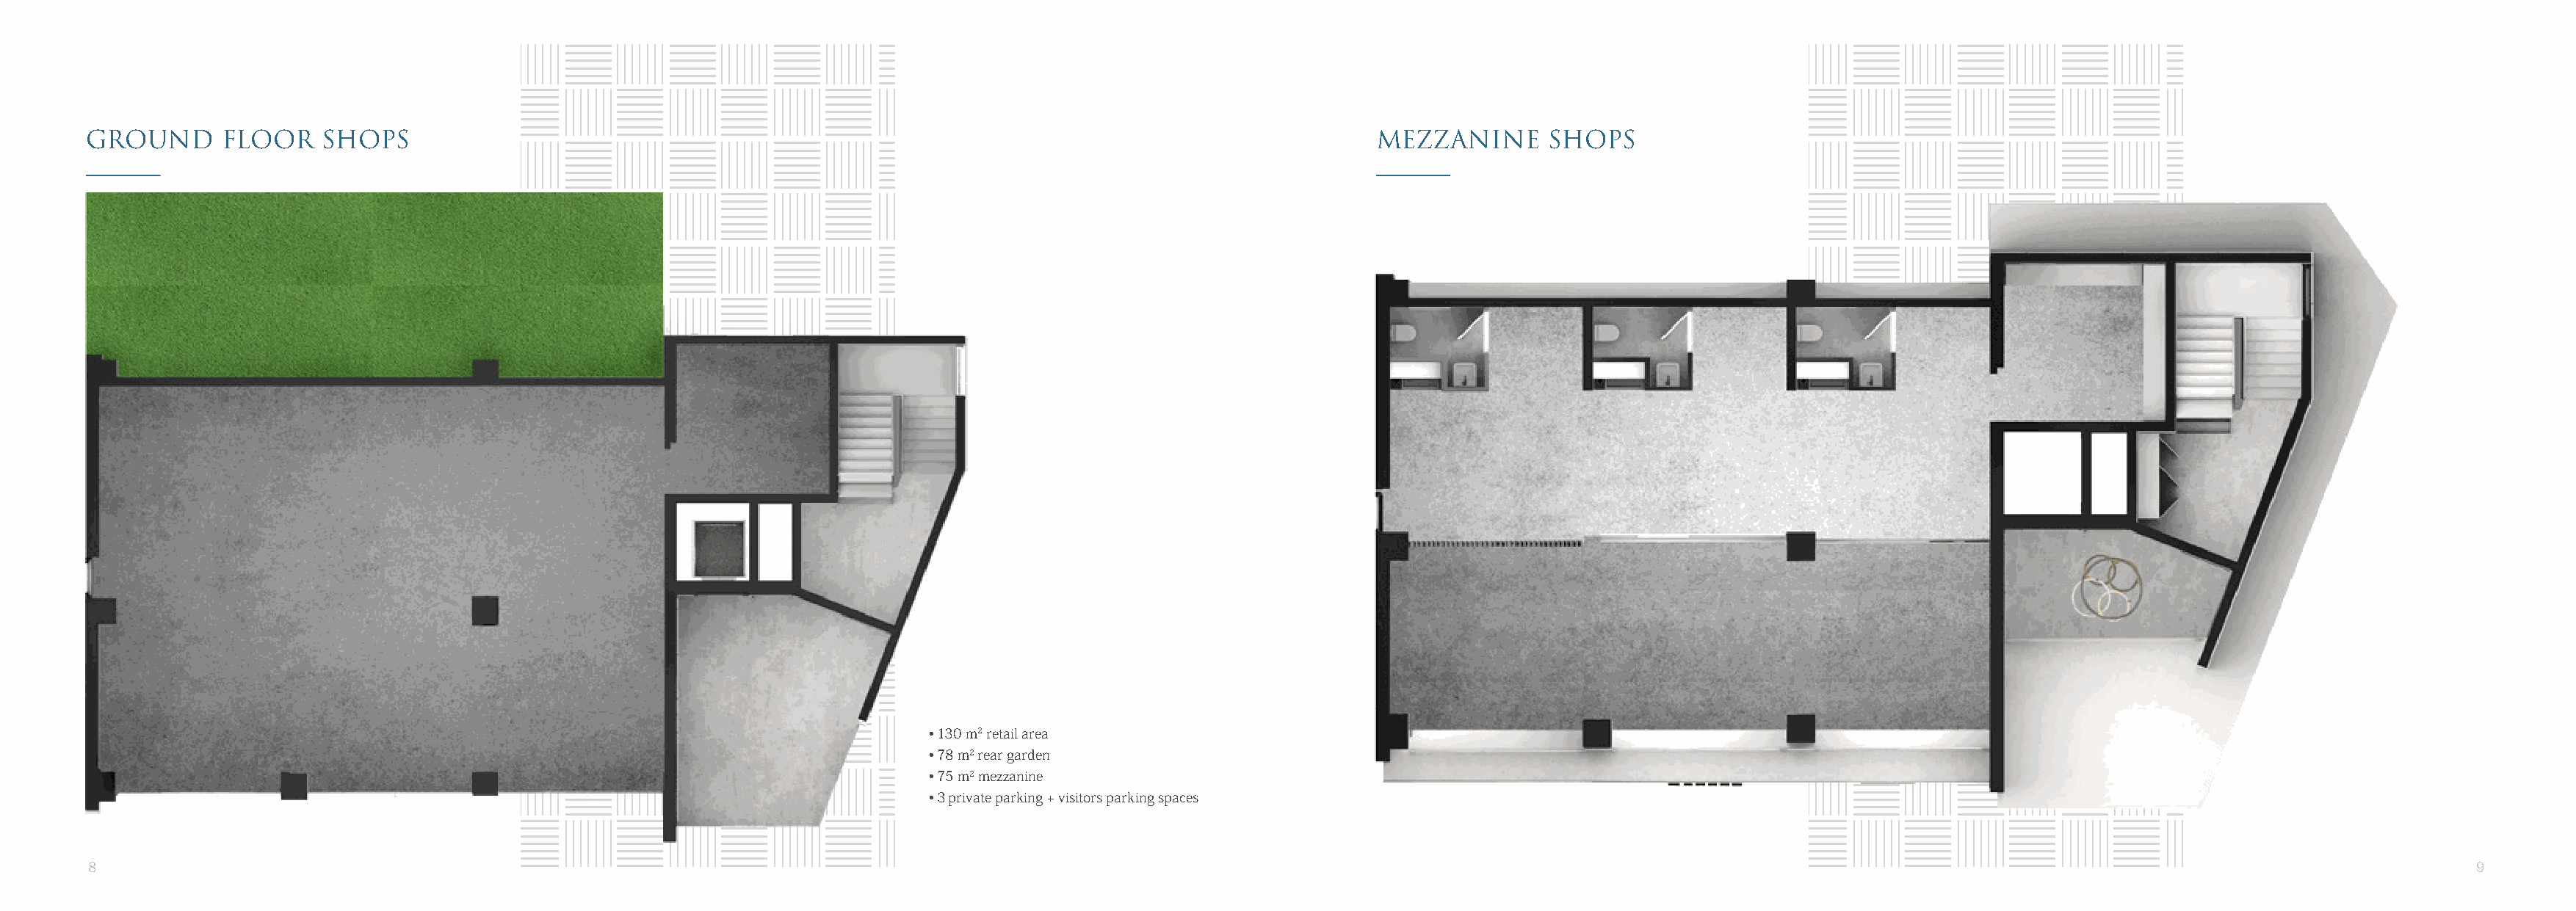
GROUND      FLOOR    SHOPS                                                                                          MEZZANINE       SHOPS
 • 130 m2 retail area
 • 78 m2 rear garden
 • 75 m2 mezzanine
 • 3 private parking + visitors parking spaces
 8                                                                                                                                                                                                                      9